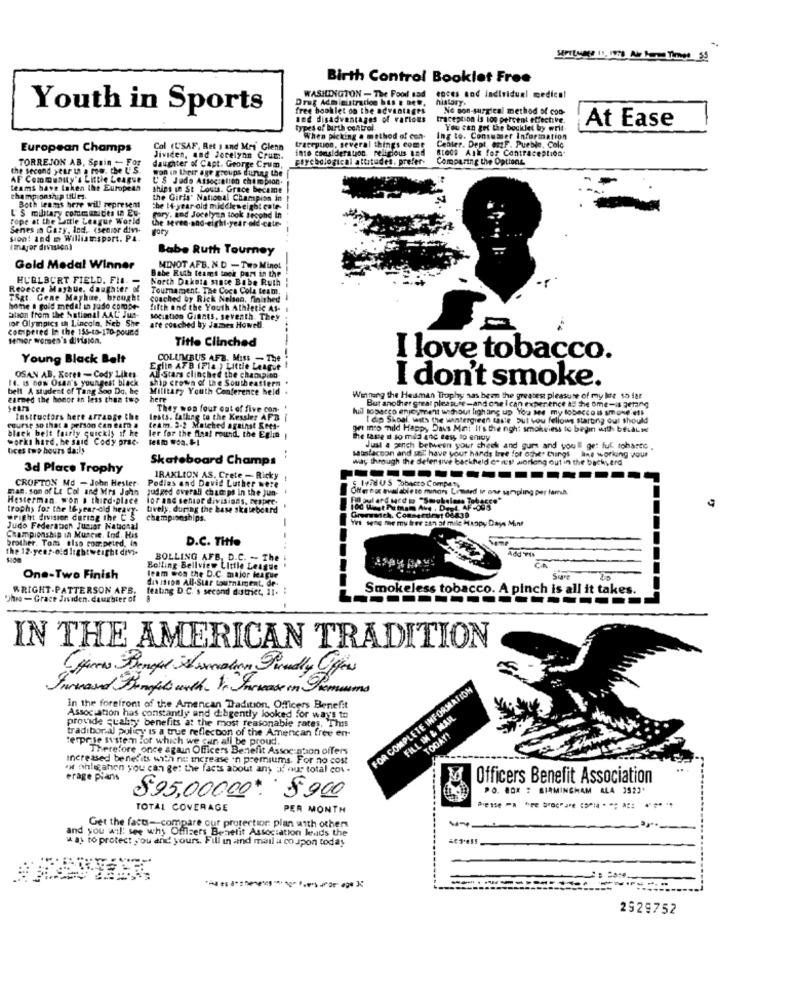
Birth Control Booklet Free
Drug Administration bts : Det.
WASHINGTON - The Food sad
ences and individual medico!
history.
Youth in Sports
free booklet on the advantages
No son-surgical method of coo-
and disadvantages of various
traception is to0 percent effective.
types of birth control-
You can get the booklet by writ.
At Ease
When picking a method of con-
Ing to. Consumer Information
European Champs
Col (CSAF, Ret ) and Mri Glenn
tracepuon, several things come
into consideration religious Bad
Center. Dept #82F. Pueble, Colc
BLOCS Ask for Contraception"
TORREJON AB, Spain - For
Jividen, and Jocelynn Crum :.
psychological attitudes. prefer-
Comparing the Options
the second year in a row, the U. S.
daughter of Capt. George Crum,
AF Community's Little League
won in their age groups dunas the
C'S Judo Association champion.
teams have taken the European
ships in St.Louis. Grace becaine
championship titles.
the Girls' National Champion in
L'S military cofde sites ta EU-
Both teams here will represent
the 14 year old middle weight cate
---.
rope at the Little League World
pary. ind Jocelyna look Jegphd In
Senes in Gary, Ind. (senior div-
sion! and m Williamsport. PA.
I major division)
Babe Ruth Tourney
Gold Medal Winner
Babe Ruth teams took part in the
MINOT AFB. N.D - Two Minel
HUBLBORT FIELD. FI -
North Dakota sinte Babe Ruth
Rebecca Mayhue, daughter of
Tournament. The Coca Cola team,
TSat. Gene Mayhue, brought
coached by Rick Nelsen, finished
----
hone a gold medal in judo compe-
fifth and the Youth Athletic As-
ation from the National AAC Jun-
lor Olympics un Lincoln, Neb She
sociation Giants, seventh. They
coGipered In the 155-10-170-pound
are couched by James Howell.
senior women's division.
Title Clinched
Young Black Belt
COLUMBUS AFB. Miss - The
-------
I love tobacco.
Eglin AFB (Fia ) Little League
14. 15 BON Osaa's youngest black
OSAN AB. Koren - Cody Likes.
All Stars clinched the champion
ship crown of the Southeastern .
bell A student of Tang Soo Do. he
Military Youth Conference held .
I don't smoke.
earned the honor an less than two
here
Winning the Heaman Thophy sas been the greatest pleasure of my life so far
But another great pleasure-and one I can experience as he ome-is geting
They won four out of five con
kuil loparco enjoyment without lighting up You see my tobacco is soNe'#
testtuctors here Arrange Che
tests. Lathing to the Kessler AFB i
I do Shoal, with the wintergreen taste but you fellows starting out should
course so that a person Can ear a
black belt fairly quickly if he
team. 3-2 Matched against Kets-
get into mild Happy Days Min: It's the night smokviess to begin with beialw
works hard. he said Cody prac-
ler for the final round, the Eglin ;
the taste I so mild anc tesy to emuy
tices two hours da:ls
Just a pinch between your check and gum and you'll get ful roharto .
Skateboard Champs
susfacton and sel have your hands tree for other Things line working vous
way through the defensive backheld o. net worlong out in the bacherd
3d Place Trophy
CROFTON Md - John Hester
IRAKLION AS. Crete - Ricky !
---------
man. son of La Col and Mrs John
Podlas and David Luther were
Judged overall champs in the juni
Offernot availableto minors Limard in one sampling per fama.
Hesterman won a third-place
for and senior divisions, respec;
Paul and wed to "Smokeless Tobacco"
trophy for the I&-year-old heavy-
tively. during the base skateboard
wright division during the C'S
championships.
-
Yes sene tive my free :19 90 mile Meopy Days Mint
Judo Federation Jusuar National
brother. Tom also competed, in
Championship in Muncie. Ind. His
D.C. THte
the 12-year-old lightweight divi-
-..
Add FI
-
BOLLING AFB, D.C. -- The
Bolling Bellview Little League
One-Two Finish
team won the D.C. major league
division All-Star tournament. de-
WRIGHT .PATTERSON AFB.
festing D.C.'s second district, 21. :
Smokeless tobacco. A pinch is all it takes.
Ohro - Grace Jisiden. daughter of
IN THE AMERICAN TRADITION
Sureased Brugfits with. V. Jursease in Premiums
FOR COMPLETE INFORMATION
In the forefront of the American Tradition. Officers Benefit
Association has constantly and dibgently looked for ways to
FILL IN & MAIL
provide stabs; benefits at the most reasonable rates, This
tradiboral policy is a true reflection of the American free en
TODAY!
terpese system for which we can all be proud.
Therefore once again Officers Benefit Assoc n'son offers
Increased benefits with nu increase 'n premiums. For no cost
of phligahon you can get the facts about any of our total cov.
erage pianis
Officers Benefit Association
$95,00000 $900
PO. BOX : BIRMINGHAM ALA 3523'
TOTAL COVERAGE
PER MONTH
and you wil: see why Offisers Benefit Association leads the
Get the facts -- compare our protection plan with others
wat to protect you and yours. Fill in and mail a coupon today
--------.
2929752